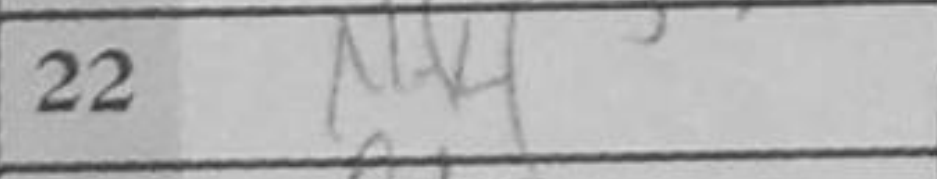
Transcription: Nf4